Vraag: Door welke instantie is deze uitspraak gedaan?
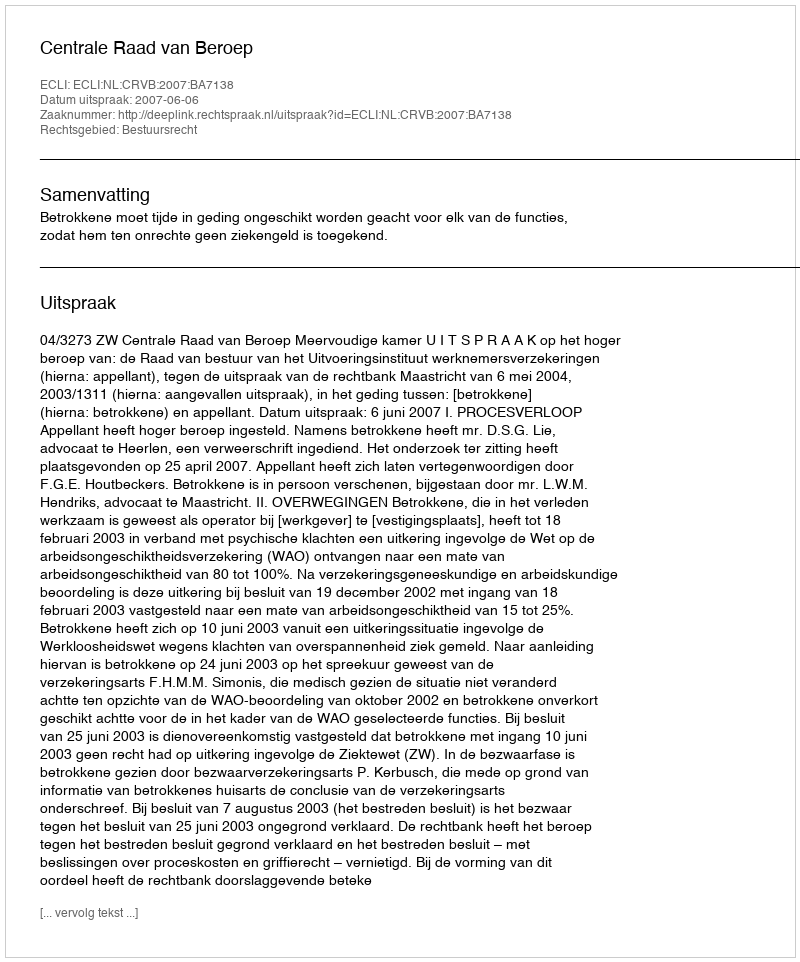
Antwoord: Centrale Raad van Beroep